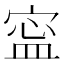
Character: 寍